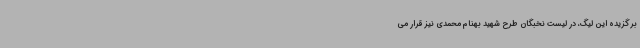
برگزیده این لیگ، در لیست نخبگان طرح شهید بهنام محمدی نیز قرار می‌